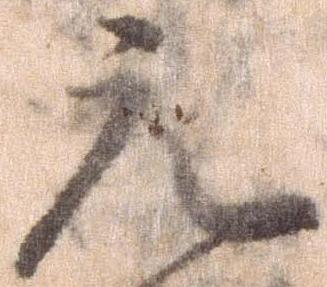
元